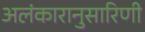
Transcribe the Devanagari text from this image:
अलंकारानुसारिणी